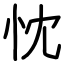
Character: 忱